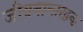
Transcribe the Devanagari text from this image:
जीवनान्तरद्वन्द्व